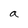
Character: a